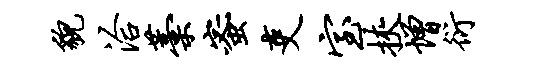
貌洽藁蜜吏室挟增衍